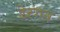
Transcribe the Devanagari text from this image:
डेरगन